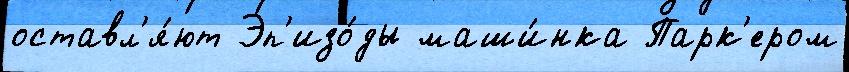
оставл'я́ют Эп'изо́ды маши́нка Парк'ером